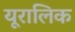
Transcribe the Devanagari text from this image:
यूरालिक